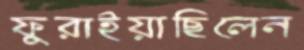
ফুরাইয়াছিলেন